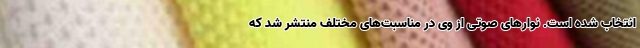
انتخاب شده است. نوارهای صوتی از وی در مناسبت‌های مختلف منتشر شد که